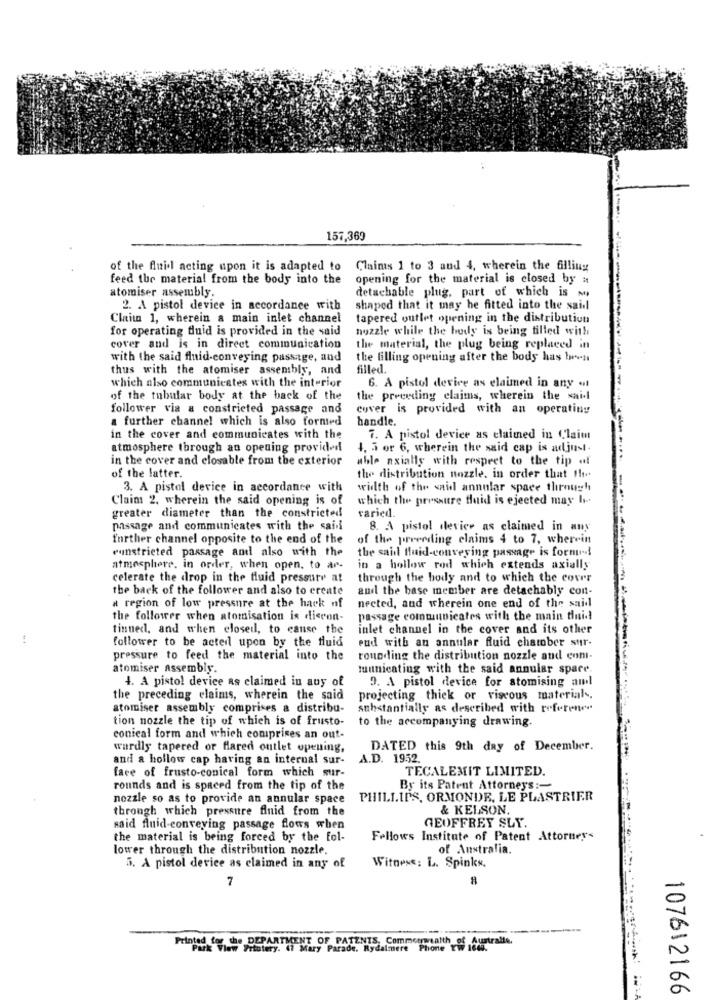
157,369
of the fluid acting upon it is adapted to
Claims 1 to 3 aud 4, wherein the filling
feed the material from the body into the
opening for the material is closed by #
atomiser assembly.
detachable plug, part of which is my
2. A pistol device in accordance with
shaped that it may be fitted into the said
Claim 1, wherein a main inlet channel
tapered outlet opening in the distribution
for operating fluid is provided in the said
nozzle while the body is being filled with
cover and is in direct communication
the material, the plug being replaced in
with the said fluid-conveying passage, and
the filling opening after the body has been
thus with the atomiser assembly, and
filled.
which also communicates with the interior
6. A pistol device as elaimed in any «
of the tubular body at the back of the
the preceding claims, wherein the sai.l
follower via a constricted passage and
cover is provided with an operating
a further channel which is also formed
handle.
in the cover and communicates with the
7. A pistol device as claimed in Claim
atmosphere through an opening provided
4. 5 or 6, wherein the said cap is adjust.
in the cover and closable from the exterior
able axially with respect to the tip of
of the latter.
the distribution nozzle. in order that the
3. A pistol device in accordance with
width of the said annular space through
Claim 2, wherein the said opening is of
which the pressure fluid is ejected may h.
greater diameter than the constricted
varied.
passage and communicates with the said
8. A pistol device as claimed in any
further channel opposite to the end of the
of the preceding claims 4 to 7, wherein
eunstricted passage and also with the
the said fluid-conveying passage is formid
atmosphere. in order, when open, to ar-
in a hollow rod which extends axially
celerate the drop in the fluid pressure at
through the body and to which the cover
the back of the follower and also to create
and the base member are detachably con-
a region of low pressure at the hack nf
nected, and wherein one end of the said
the follower when atomisation is diecon-
passage communicates with the main fluid
tinned, and when closed, to cause the
inlet channel in the cover and its other
follower to be acted upon by the fluid
eud with an annular fluid chamber sur-
pressure to feed the material into the
rounding the distribution nozzle and com-
atomiser assembly.
tuunicating with the said annular spare
4. A pistol device as claimed in auy of
9. A pistol device for atomising aml
the preceding claims, wherein the said
projecting thick or viscous material -,
atomiser assembly comprises a distribu-
substantially as described with referener
tion nozzle the tip of which is of frusto-
to the accompanying drawing.
conical form and which comprises an out-
wardly tapered or flared outlet opening,
DATED this 9th day of December.
and a hollow cap having an internal sur-
A.D. 1952.
face of frusto-conical form which sur-
TECALEMIT LIMITED.
rounds and is spaced from the tip of the
By its Patent Attorneys :-
nozzle so as to provide an annular space
PHILLIPS, ORMONDE, LE PLASTRIER
through which pressure fluid from the
& KELSON.
said fluid-conveying passage flows when
GEOFFREY SLY.
the material is being forced by the fol-
Fellows Institute of Patent Attorney's
lower through the distribution nozzle.
of Australia.
5. A pistol device as claimed in any of
Witness: L. Spinks.
7
Printed for the DEPARTMENT OF PATENTS, Commonwealth of Austr
Park View Frtutery. 47 Mary Parade. Rydalmere Phone YW 16du.
107612166